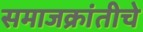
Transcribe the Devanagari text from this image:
समाजक्रांतीचे